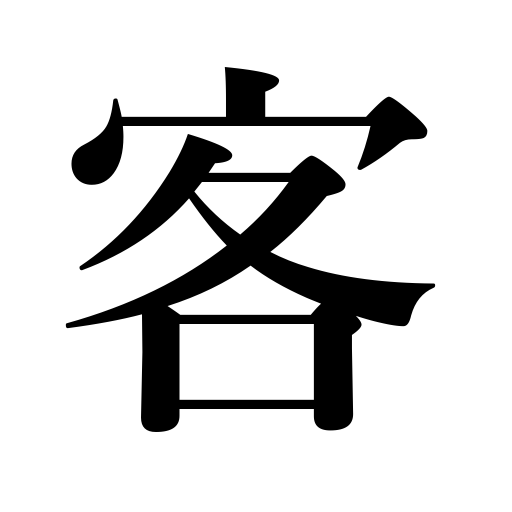
Meanings: guest,client,passenger,visitor,customer